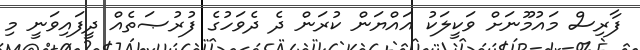
ފާރިސް މައުމޫނަށް ވަކީލަކު އައްޔަން ކުރަން ދެ ދެވަހުގެ ފުރުޞަތެއް ދީފައިވަނީ މި